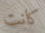
كانت